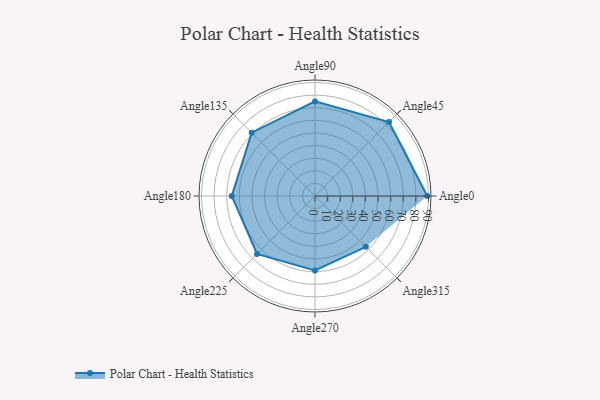
{"axis": {"x": "Angle", "y": "Radius"}, "legend": [""], "data": [{"x": "Angle0", "y": 89.0, "type": ""}, {"x": "Angle45", "y": 83.0, "type": ""}, {"x": "Angle90", "y": 75.0, "type": ""}, {"x": "Angle135", "y": 71.0, "type": ""}, {"x": "Angle180", "y": 66.0, "type": ""}, {"x": "Angle225", "y": 65.0, "type": ""}, {"x": "Angle270", "y": 59.0, "type": ""}, {"x": "Angle315", "y": 57.0, "type": ""}]}